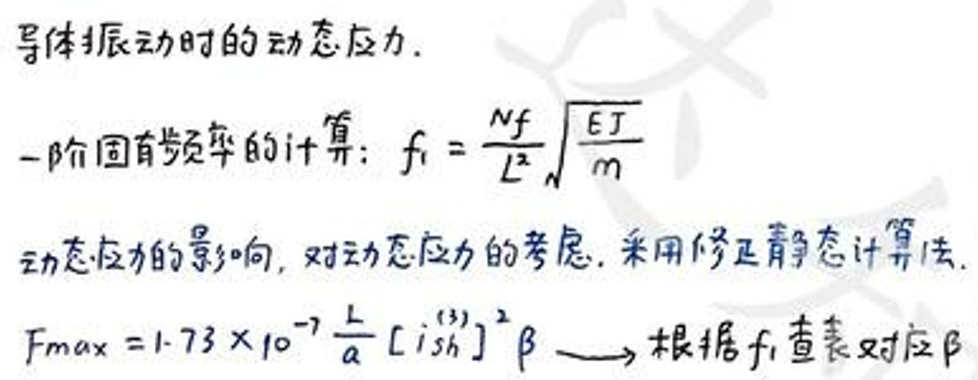
导体振动时的动态应力.

一阶固有频率的计算：$f_1 = \frac{Nf}{L^2}\sqrt{\frac{EJ}{m}}$

动态应力的影响，对动态应力的考虑，采用修正静态计算法.

$F_{max}=1.73\times10^{-7}\frac{L}{a}[i_{sh}^{(3)}]^2\beta\longrightarrow 根据 f_1 查表对应\beta$